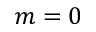
m = 0